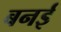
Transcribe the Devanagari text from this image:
बनई